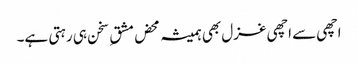
اچھی سے اچھی غزل بھی ہمیشہ محض مشق ِ سخن ہی رہتی ہے۔